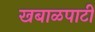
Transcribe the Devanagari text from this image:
खबाळपाटी